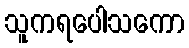
သူကရပေါသကော